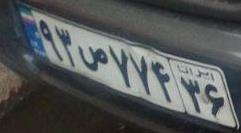
۹۳ص۷۷۴۳۶